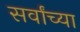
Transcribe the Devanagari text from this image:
सर्वांच्‍या